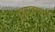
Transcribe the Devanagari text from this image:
पुंडूगावड्याचं